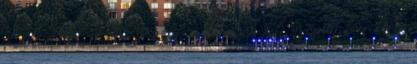
Zsidó dalok, 1868 . Pesten, a Deutsch-féle nyomda korrektora